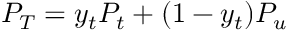
P _ { T } = y _ { t } P _ { t } + ( 1 - y _ { t } ) P _ { u }